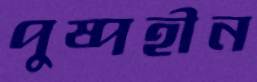
পুষ্পহীন